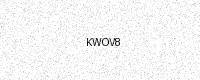
Text: KWOV8